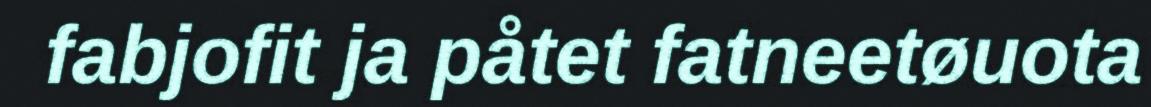
fabjofit ja påtet fatneetøuota